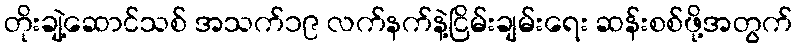
တိုးချဲ့ဆောင်သစ် အသက်၁၉ လက်နက်နဲ့ငြိမ်းချမ်းရေး ဆန်းစစ်ဖို့အတွက်